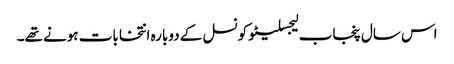
اس سال پنجاب لیجسلیٹو کونسل کے دوبارہ انتخابات ہونے تھے۔